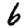
Digit: 6